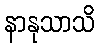
နာနုသာသိ